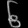
Digit: ၆